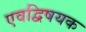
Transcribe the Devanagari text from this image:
एवद्विषयक